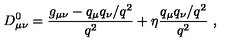
D _ { \mu \nu } ^ { 0 } = { \frac { g _ { \mu \nu } - q _ { \mu } q _ { \nu } / q ^ { 2 } } { q ^ { 2 } } } + \eta { \frac { q _ { \mu } q _ { \nu } / q ^ { 2 } } { q ^ { 2 } } } \ ,